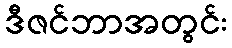
ဒီဇင်ဘာအတွင်း